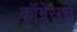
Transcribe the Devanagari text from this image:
कॉ्ंग्रेसचे